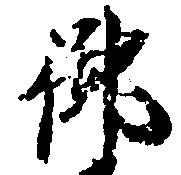
御